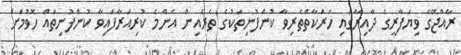
ރާއްޖޭގެ ވިޔަފާރީގެ ދާއިރާގައި ހަރަކާތްތެރިވާ ކުންފުނިތަކުގެ ތެރެއިން އެންމެ ކުރިއަރާފައިވާ ކުންފުނިތައް ހޮވުމަށް